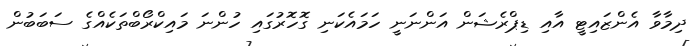
ދިމާވާ އެންޒައިޓީ އާއި ޑިޕްރެޝަން އަންނަނީ ހަމައެކަނި ގޮހޮރުގައި ހުންނަ މައިކްރޯބްތަކެއްގެ ސަބަބުން